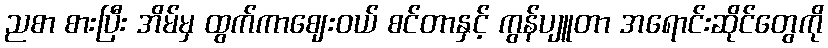
ညစာ စားပြီး အိမ်မှ ထွက်ကာဈေးဝယ် စင်တာနှင့် ကွန်ပျူတာ အရောင်းဆိုင်တွေကို